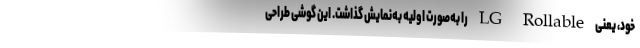
خود، یعنی LG Rollable را به‌صورت اولیه به‌نمایش گذاشت. این گوشی طراحی